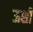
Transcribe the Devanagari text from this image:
ऊशी